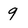
Character: 9